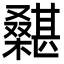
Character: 𣞵